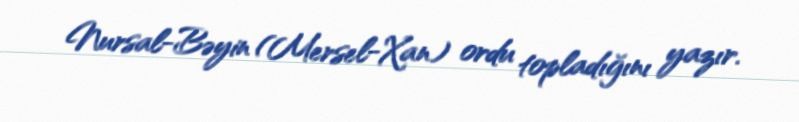
Nursal-Bəyin (Mersel-Xan) ordu topladığını yazır.